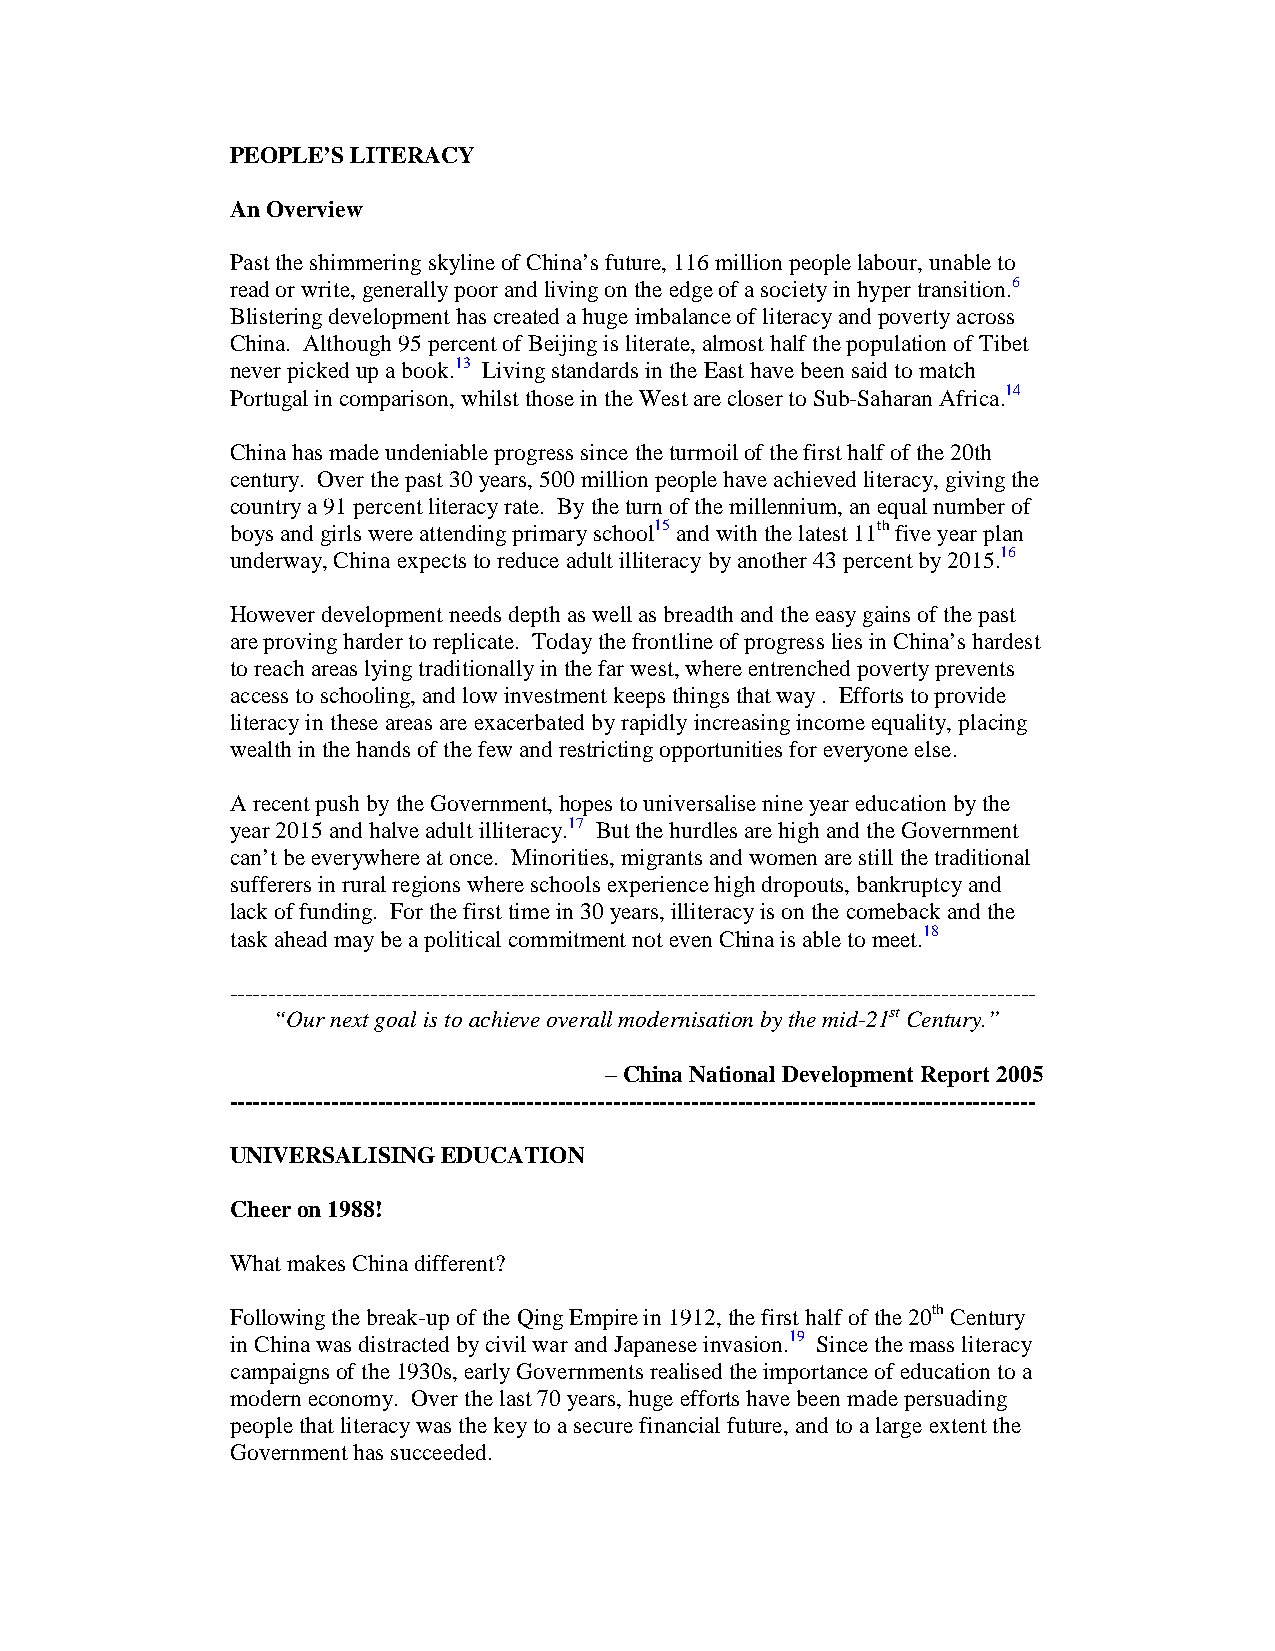
PEOPLE’S LITERACY
 An Overview
 Past the shimmering skyline of China’s future, 116 million people labour, unable to
 read or write, generally poor and living on the edge of a society in hyper transition.6
 Blistering development has created a huge imbalance of literacy and poverty across
 China. Although 95 percent of Beijing is literate, almost half the population of Tibet
 never picked up a book.13 Living standards in the East have been said to match
 Portugal in comparison, whilst those in the West are closer to Sub-Saharan Africa.14
 China has made undeniable progress since the turmoil of the first half of the 20th
 century. Over the past 30 years, 500 million people have achieved literacy, giving the
 country a 91 percent literacy rate. By the turn of the millennium, an equal number of
 boys and girls were attending primary school15 and with the latest 11th five year plan
 underway, China expects to reduce adult illiteracy by another 43 percent by 2015.16
 However development needs depth as well as breadth and the easy gains of the past
 are proving harder to replicate. Today the frontline of progress lies in China’s hardest
 to reach areas lying traditionally in the far west, where entrenched poverty prevents
 access to schooling, and low investment keeps things that way . Efforts to provide
 literacy in these areas are exacerbated by rapidly increasing income equality, placing
 wealth in the hands of the few and restricting opportunities for everyone else.
 A recent push by the Government, hopes to universalise nine year education by the
 year 2015 and halve adult illiteracy.17 But the hurdles are high and the Government
 can’t be everywhere at once. Minorities, migrants and women are still the traditional
 sufferers in rural regions where schools experience high dropouts, bankruptcy and
 lack of funding. For the first time in 30 years, illiteracy is on the comeback and the
 task ahead may be a political commitment not even China is able to meet.18
 -------------------------------------------------------------------------------------------------------
 “Our next goal is to achieve overall modernisation by the mid-21st Century.”
 – China National Development Report 2005
 -------------------------------------------------------------------------------------------------------
 UNIVERSALISING EDUCATION
 Cheer on 1988!
 What makes China different?
 Following the break-up of the Qing Empire in 1912, the first half of the 20th Century
 in China was distracted by civil war and Japanese invasion.19 Since the mass literacy
 campaigns of the 1930s, early Governments realised the importance of education to a
 modern economy. Over the last 70 years, huge efforts have been made persuading
 people that literacy was the key to a secure financial future, and to a large extent the
 Government has succeeded.